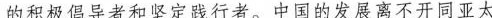
的积极倡导者和坚定践行者。中国的发展离不开同亚太